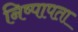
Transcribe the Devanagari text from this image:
निष्पापता